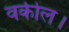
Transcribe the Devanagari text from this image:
वकील।